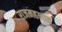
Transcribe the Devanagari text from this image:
राजमहलात